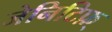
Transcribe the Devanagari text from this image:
जेनिटिफ़्